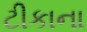
ટીકાના